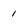
Character: 1